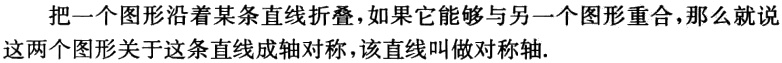
把一个图形沿着某条直线折叠，如果它能够与另一个图形重合，那么就说这两个图形关于这条直线成轴对称，该直线叫做对称轴.